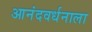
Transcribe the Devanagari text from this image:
आनंदवर्धनाला